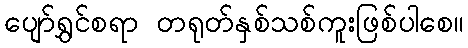
ပျော်ရွှင်စရာ တရုတ်နှစ်သစ်ကူးဖြစ်ပါစေ။